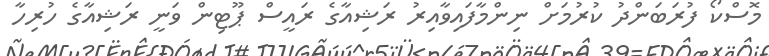
މޮސްކޯ ފުރަބަންދު ކުރުމަށް ނިންމާފައިވާއިރު ރަޝިއާގެ ރައީސް ޕޫޓިން ވަނީ ރަޝިއާގެ ހުރިހާ